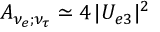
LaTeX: A _ { \nu _ { e } ; \nu _ { \tau } } \simeq 4 \, | U _ { e 3 } | ^ { 2 }